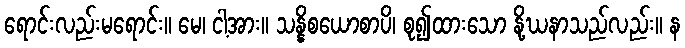
ရောင်းလည်းမရောင်း။ မေ၊ ငါ့အား။ သန္နိစယောစာပိ၊ စု၍ထားသော နို့ဃနာသည်လည်း။ န